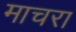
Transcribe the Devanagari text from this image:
माचरा